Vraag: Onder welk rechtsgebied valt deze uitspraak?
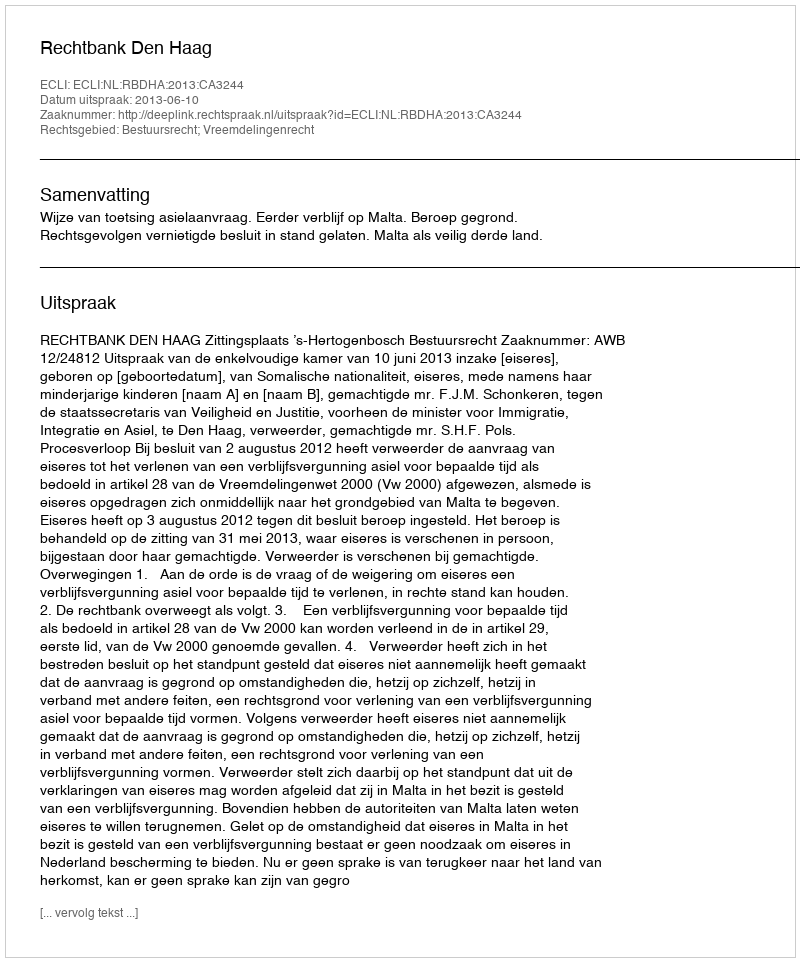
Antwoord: Bestuursrecht; Vreemdelingenrecht